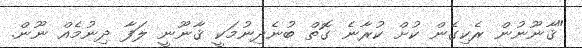
"ޤާނޫނުން ރެކިގެން ކުށް ކުރާނެ ގޮތް ބުނެދިނުމަކީ ޤާނޫނީ ލަފާ ދިނުމެއް ނޫން.